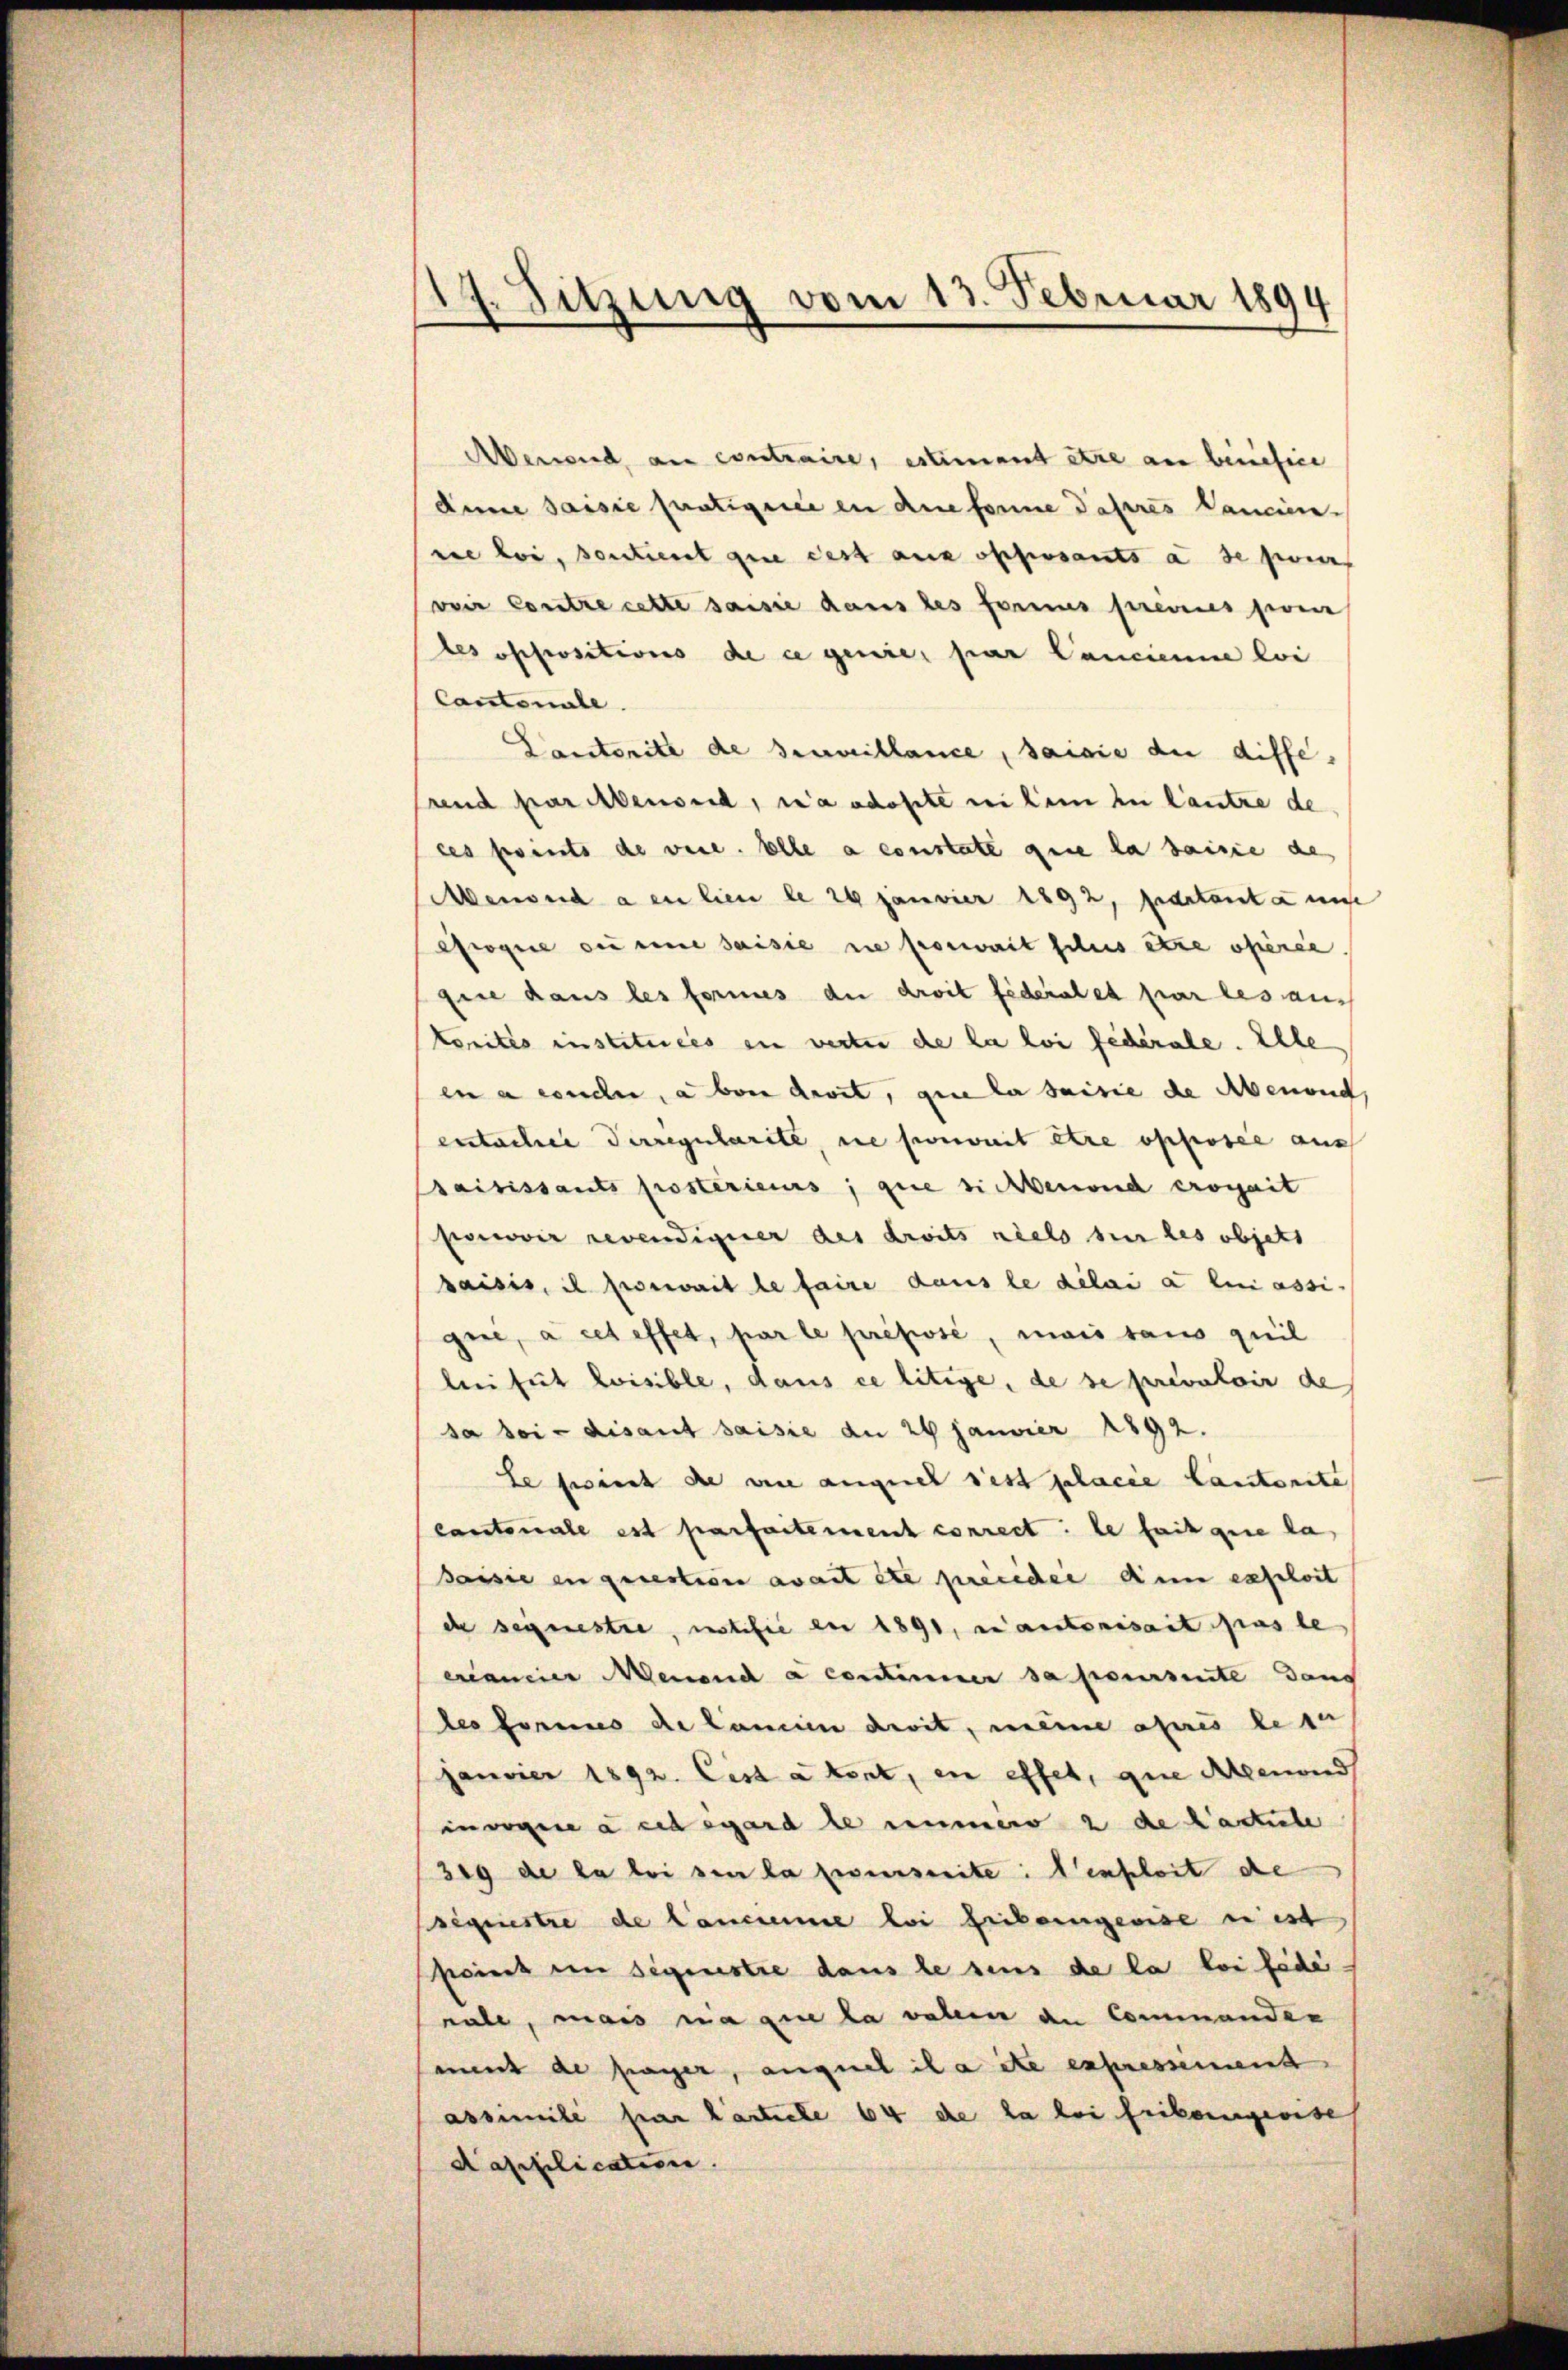
17. Sitzung vom 13. Februar 1894

Abend, an contraire, estiment être an benefice
dine saisie fertigence in die fonne daheres Cancien-
rie loi, sonstient que dest aux opposants à de sein
voir Contre cette saisie dans les formes fremdes pre
tes oppositions de ce genie, par Cancienne loi
Cantonale.
Cantorité de serveillance, saisie die differend par Abensee, n’a adopte weilem zu lautre de
ces prents de veie. Elle a constate que la saisie des
Menoud a en lieu le 24 Janvier 1892, seditanta mi
rogie die eine saisie sie soweit schus etwa operie
fice dans les formes die droit fideral et par les aus
kontes instituées in verter de la loi fédérale. Elle
en a conchen, aber davit, que la saisie de Abenend
eutacher Terregularite, die porweit être opposée aus
saisissants postérieurs, que sichtenend erogait
pomovir revendiguer des droits niels sie les objets
paisis, il poswait le faire dans le délai a lin assi-
gine, à cet effet, par le préposé, mais taus quil
bei fut loisible, dans ce litige, de se prévaloir de
sa bei - disaut saisie an 24 Janvier 1892.
be sich die wie auquel rest placie Cantonite
Cantonale est parfaitement correct: le fait que la
Jaisie in question avait été prieider dem exploit
de segnestre, notifie er 1891, in autorisait pas le
eancier Menen a constimmer sa poursuite dan
des Formes de lanien devit, meine apris bese
janvier 1892. Cist a tent, in effet, que Alpenwind
iorgire à cet égard le immer 2 de Kastete
319 de la loi den la feierseite: enheit de
siquestre de Canciemme bei siebergeoise in ist
point im Segenstre dans le sens de la loi fédénale, mais ia que la valein an Commander
amit de payer, auguel ila ite expressement
assimilé par l’article 64 de la loi frikangewise
Aapplication.